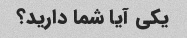
یکی آیا شما دارید؟